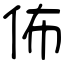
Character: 佈